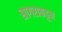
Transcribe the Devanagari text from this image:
सागराकडून